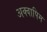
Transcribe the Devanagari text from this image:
अक्वापिम